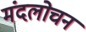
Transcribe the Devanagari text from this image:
मंदलोचन